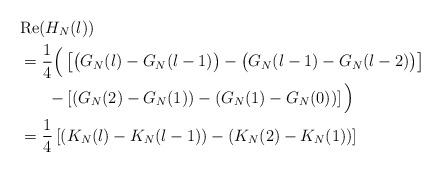
LaTeX: \begin{align*}&\mathrm{Re}( H_N(l))\\&=\frac{1}{4}\Big(\left[\left(G_N(l)-G_N(l-1)\big)-\big(G_N(l-1)-G_N(l-2)\right)\right]\\&\ \ \ \ \ -\left[\left(G_N(2)-G_N(1)\right)-\left(G_N(1)-G_N(0)\right)\right]\Big)\\&=\frac{1}{4}\left[\left(K_N(l)-K_N(l-1)\right)-\left(K_N(2)-K_N(1)\right)\right]\end{align*}